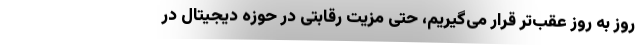
روز به روز عقب‌تر قرار می‌گیریم، حتی مزیت رقابتی در حوزه دیجیتال در